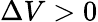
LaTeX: \Delta V>0